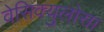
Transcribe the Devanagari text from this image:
वेसिक्युलोसा